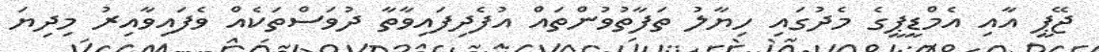
ޖޭޕީ އާއި އެމްޑީޕީގެ މެދުގައި ހިޔާލު ތަފާތުވުންތައް އުފެދިފައިވާތާ ދުވަސްތަކެއް ވެފައިވާއިރު މިދިޔަ